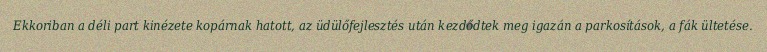
Ekkoriban a déli part kinézete kopárnak hatott, az üdülőfejlesztés után kezdődtek meg igazán a parkosítások, a fák ültetése.